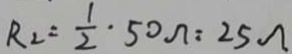
R _ { 2 } = \frac { 1 } { 2 } \cdot 5 0 \Omega = 2 5 \Omega